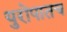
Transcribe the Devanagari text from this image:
युरोपातच